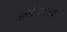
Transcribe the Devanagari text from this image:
उल्लेनखनीय